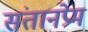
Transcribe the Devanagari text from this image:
संतानप्रेम